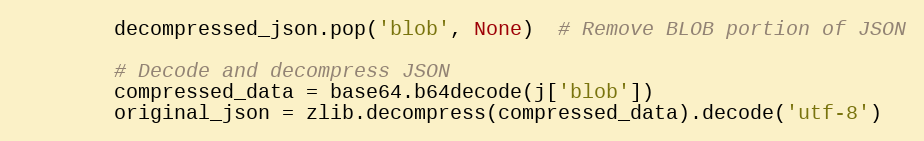
Language: Python
        decompressed_json.pop('blob', None)  # Remove BLOB portion of JSON

        # Decode and decompress JSON
        compressed_data = base64.b64decode(j['blob'])
        original_json = zlib.decompress(compressed_data).decode('utf-8')